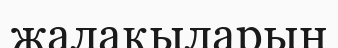
жалақыларын